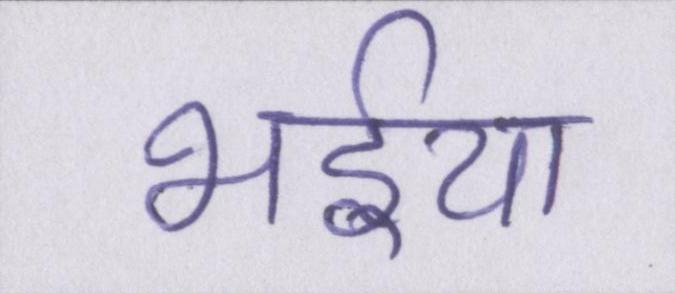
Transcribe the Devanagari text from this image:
भईया